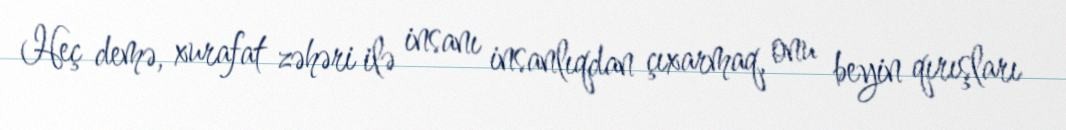
Heç demə, xurafat zəhəri ilə insanı insanlıqdan çıxarmaq, onu beyin qırışları